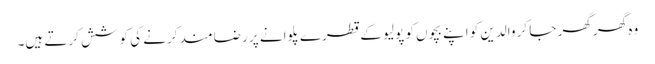
وہ گھر گھر جا کر والدین کو اپنے بچوں کو پولیو کے قطرے پلوانے پر رضامند کرنے کی کوشش کرتے ہیں۔